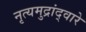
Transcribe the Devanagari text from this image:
नृत्यमुद्रांद्वारे